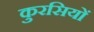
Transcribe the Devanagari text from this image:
कुरसियों